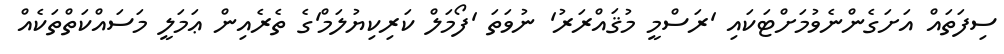
ސިފަތައް އަށަގެންނެވުމަށްޓަކައި 'ރަސްމީ މުޤައްރަރު' ނުވަތަ 'ފޯމަލް ކަރިކިޔުލަމް'ގެ ތެރެއިން ޢަމަލީ މަސައްކަތްތަކެއް